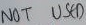
Text: NOT USED